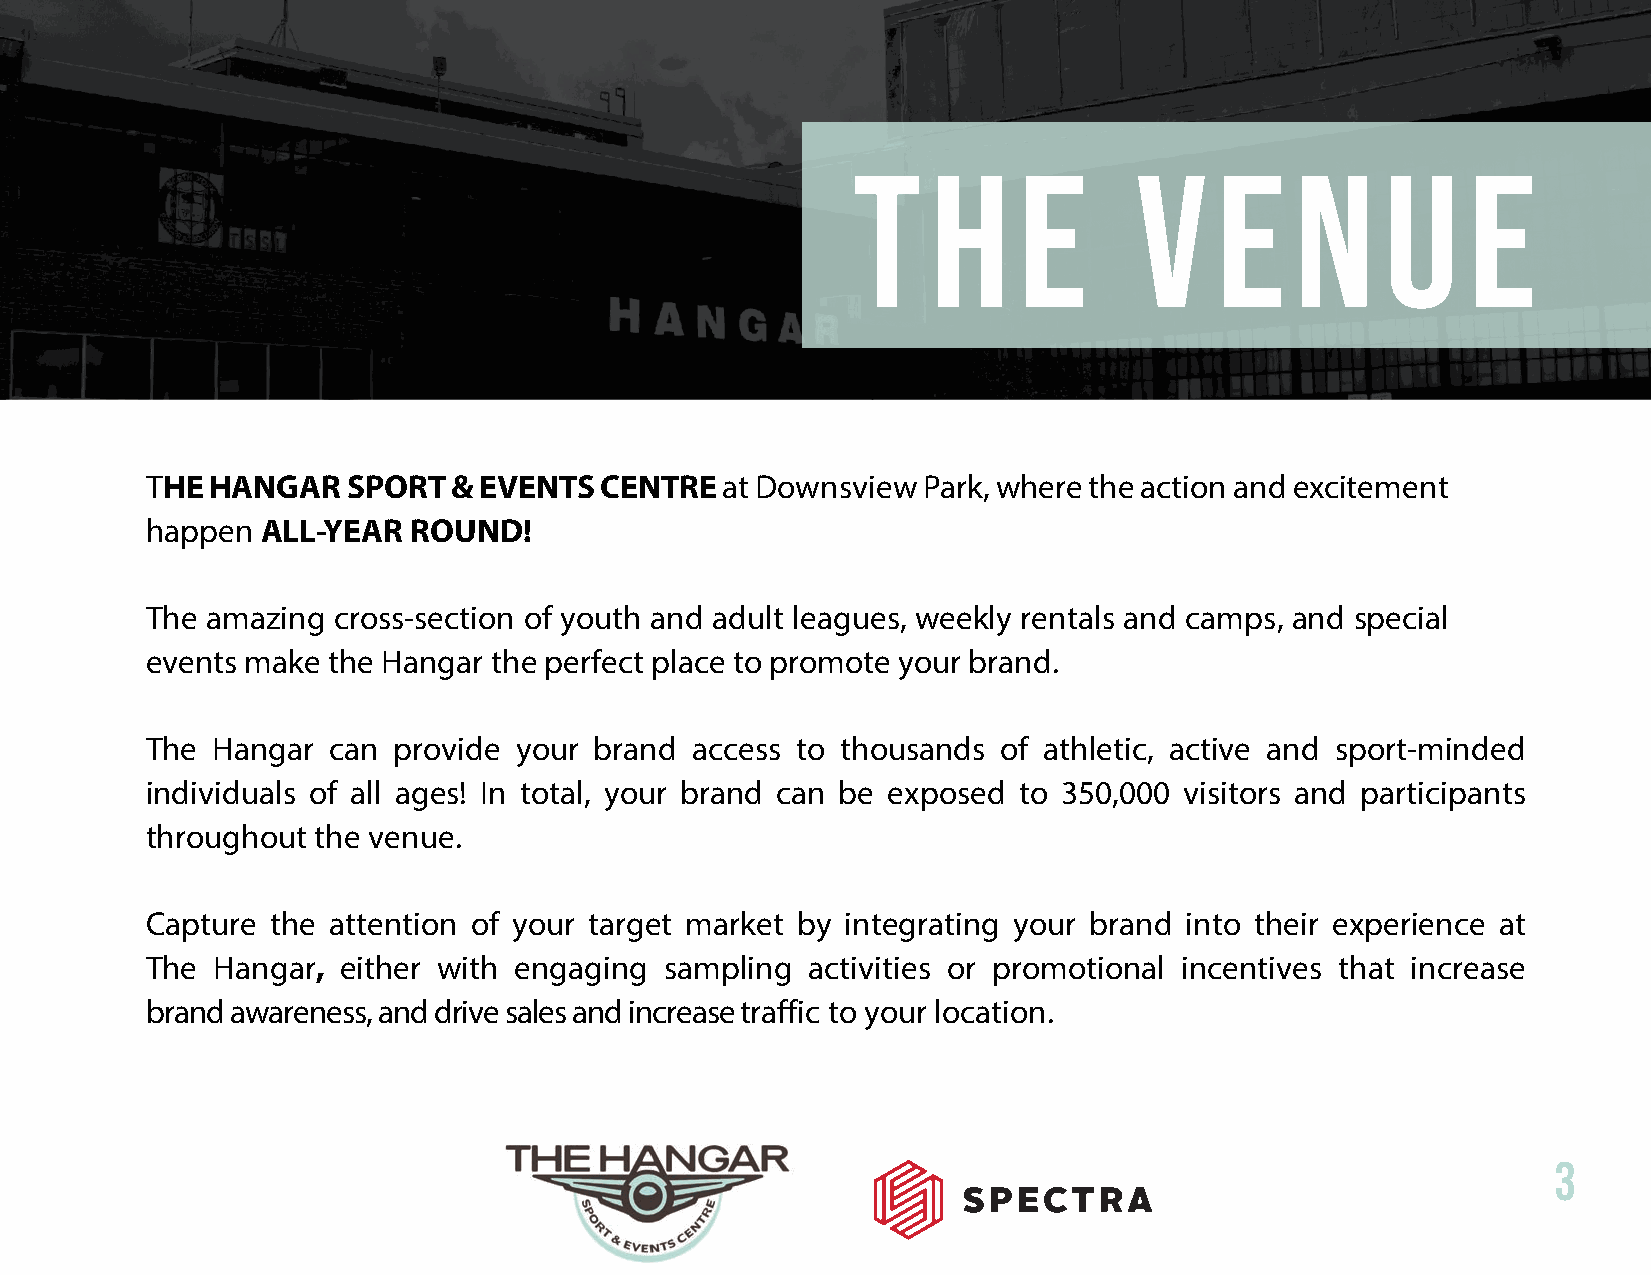
THE HANGAR   SPORT  & EVENTS  CENTRE  at Downsview Park, where the action and excitement
 happen ALL-YEAR  ROUND!
 The amazing cross-section of youth and adult leagues, weekly rentals and camps, and special
 events make the Hangar the perfect place to promote your brand.
 The Hangar  can provide your brand  access to thousands of athletic, active and sport-minded
 individuals of all ages! In total, your brand can be exposed to 350,000 visitors and participants
 throughout the venue.
 Capture the attention of your target market by integrating your brand into their experience at
 The Hangar,  either with engaging sampling  activities or promotional incentives that increase
 brand awareness, and drive sales and increase traffic to your location.
 3